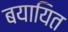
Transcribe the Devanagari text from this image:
बयायित